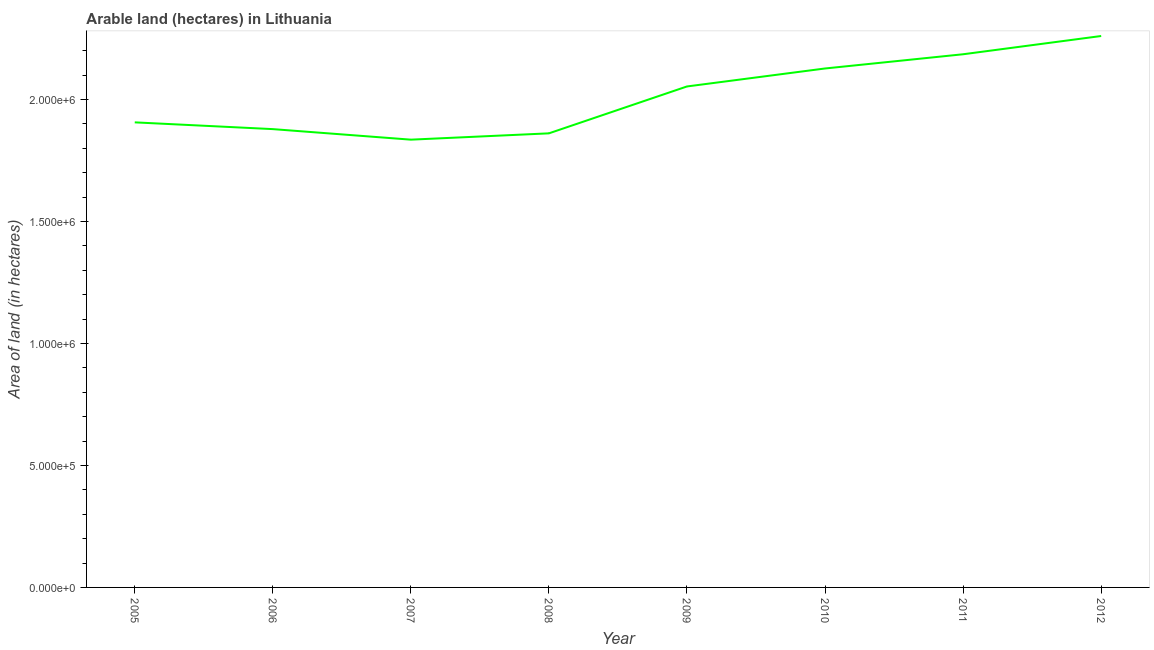
| Year | Area of land |
 | --- | --- |
 | 2005 | 1.91e+06 |
 | 2006 | 1.88e+06 |
 | 2007 | 1.84e+06 |
 | 2008 | 1.86e+06 |
 | 2009 | 2.05e+06 |
 | 2010 | 2.13e+06 |
 | 2011 | 2.19e+06 |
 | 2012 | 2.26e+06 |